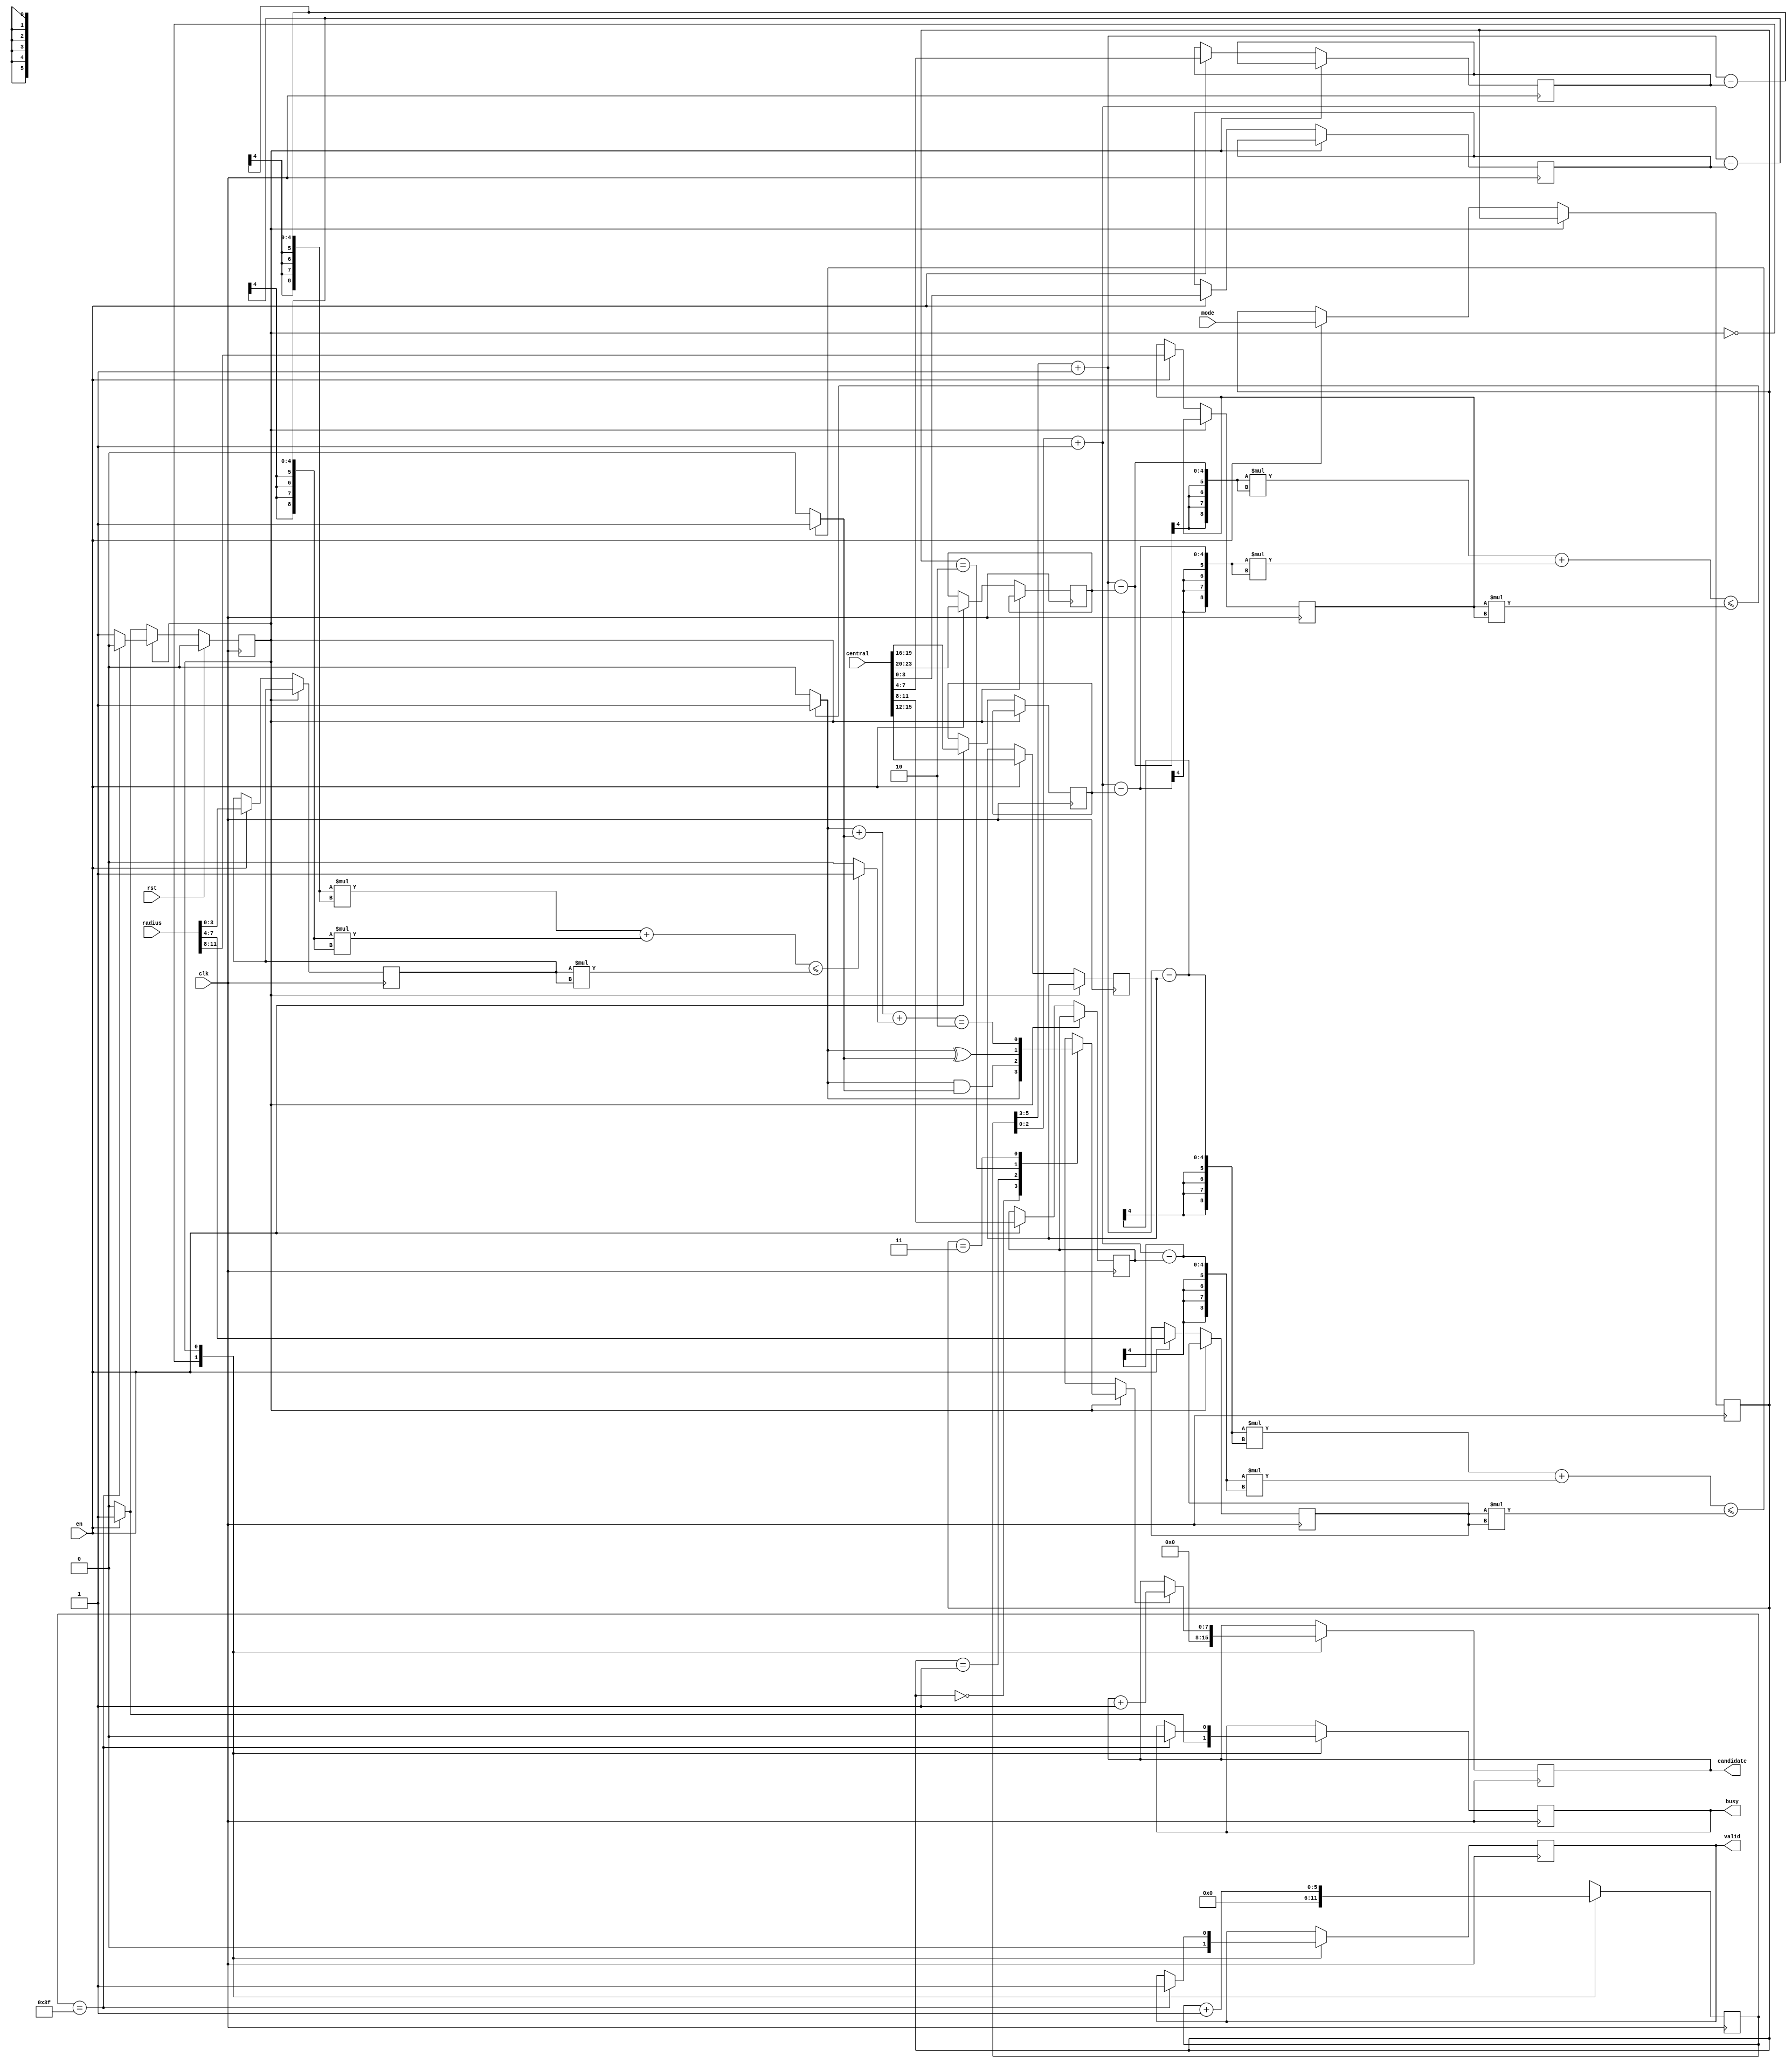
module SET (clk ,rst, en,central,radius, mode, busy, valid, candidate);
input clk;
input rst;
input en;
input [23:0] central;
input [11:0] radius;
input [1:0] mode;
output busy;
output valid;
output [7:0] candidate;
//====================================================================
reg busy;
reg valid;
reg [7:0] candidate;
/* my design */

reg [1:0] mode_r;
reg [3:0] xa, ya, ra, xb, yb, rb, xc, yc, rc;

reg state, nxt_state;
localparam Idle = 1'b0;
localparam Run = 1'b1;

reg [5:0] cnt;
wire [3:0] x = cnt[5:3] + 4'd1;
wire [3:0] y = cnt[2:0] + 4'd1;
wire [8:0] xy2a = (x - xa) * (x - xa) + (y - ya) * (y - ya);
wire [8:0] xy2b = (x - xb) * (x - xb) + (y - yb) * (y - yb);
wire [8:0] xy2c = (x - xc) * (x - xc) + (y - yc) * (y - yc);
wire in_a = (xy2a <= ra * ra) ? 1 : 0;
wire in_b = (xy2b <= rb * rb) ? 1 : 0;
wire in_c = (xy2c <= rc * rc) ? 1 : 0;

wire is [0:3];
assign is[0] = in_a;
assign is[1] = in_a & in_b;
assign is[2] = in_a ^ in_b;
assign is[3] = (in_a + in_b + in_c == 2'd2);

always @(*) begin // next state logic
	nxt_state <= state;
	case (state)
		Idle :
			if (en) nxt_state <= Run;
		default :
			if (cnt == 6'd63) nxt_state <= Idle;
	endcase 
end

always @(posedge clk/* or posedge rst*/) begin // FSM
	if (rst) state <= Idle;
	else state <= nxt_state;
end

always @(posedge clk) begin
	case (state)
		Idle : begin
			valid <= 0;
			busy <= 0;
			cnt <= 6'd0;
			candidate <= 8'd0;
			if (en) begin
				busy <= 1;
				xa <= central[23:20];
				ya <= central[19:16];
				ra <= radius[11:8];
				xb <= central[15:12];
				yb <= central[11:8];
				rb <= radius[7:4];
				xc <= central[7:4];
				yc <= central[3:0];
				rc <= radius[3:0];
				mode_r <= mode;
			end
		end
		Run : begin
			cnt <= cnt + 6'd1;
			if (is[mode_r]) candidate <= candidate + 8'd1;
			if (cnt == 6'd63) begin
				valid <= 1;
				busy <= 0;
			end
		end
	endcase
end

endmodule